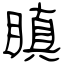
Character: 瞋